Lunatic asylums Punjab 1895-1910 - 1895-1910
Year: 1895
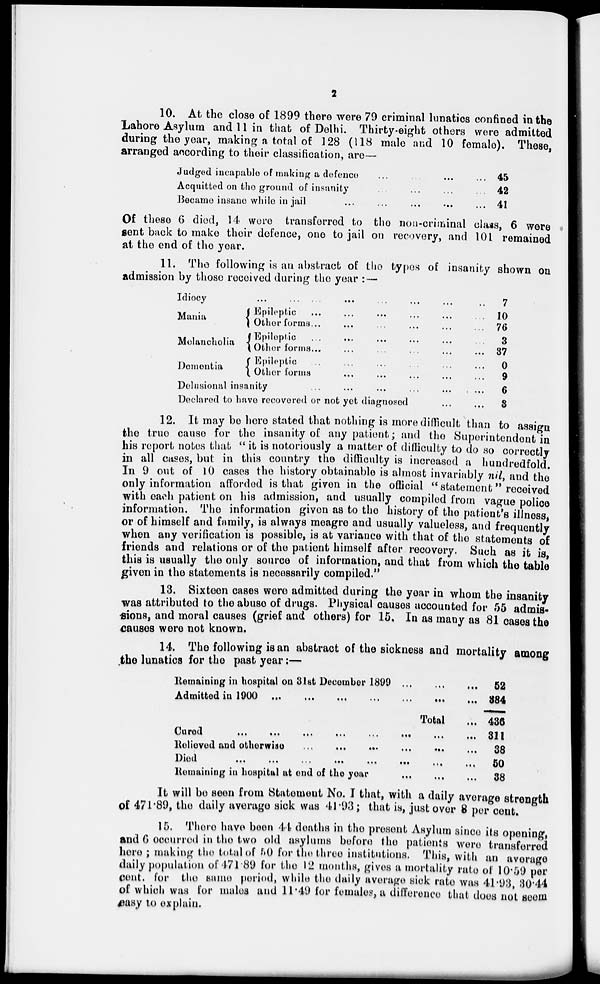
2
10. At the close of 1899 there were 79 criminal lunatics confined in the
Lahore Asylum and 11 in that of Delhi. Thirty-eight others were admitted
during the year, making a total of 128 (118 male and 10 female). These,
arranged according to their classification, are—
Judged incapable of making a defence ... ... ...
Acquitted on the ground of insanity ... ... ...
Became insane while in jail
...
...
...
45
42
41
Of these 6 died, 14 were transferred to the non-criminal class, 6 were
sent back to make their defence, one to jail on recovery, and 101 remained
at the end of the year.
11. The following is an abstract of the types of insanity shown on
admission by those received during the year : —
Idiocy ... ... ... ... ... ... ... ....
Mania
Melancholia
Dementia
Epileptic ... ... ... ... ... ... ... ....
Other forms ... ... ... ... ... ... ... ....
Epileplic ... ... ... ... ... ... ... ....
Other forms ... ... ... ... ... ... ... ....
Epileptic ... ... ... ... ... ... ... ....
Other forms ... ... ... ... ... ... ... ....
Delusional insanity
...
...
...
...
...
Declared to have recovered or not yet diagnosed
...
...
7
10
76
3
37
0
9
6
3
12. It may be here stated that nothing is more difficult than to assign
the true cause for the insanity of any patient ; and the Superintendent in
his report notes that " it is notoriously a matter of difficulty to do so correctly
in all cases, but in this country the difficulty is increased a hundredfold.
In 9 out of 10 cases the history obtainable is almost invariably nil, and the
only information afforded is that given in the official " statement" received
with each patient on his admission, and usually compiled from vague police
information. The information given as to the history of the patient's illness,
or of himself and family, is always meagre and usually valueless, and frequently
when any verification is possible, is at variance with that of the statements of
friends and relations or of the patient himself after recovery. Such as it is,
this is usually the only source of information, and that from which the table
given in the statements is necessarily compiled."
13. Sixteen cases were admitted during the year in whom the insanity
was attributed to the abuse of drugs. Physical causes accounted for 55 admis-
sions, and moral causes (grief and others) for 15. In as many as 81 cases the
causes were not known.
14. The following is an abstract of the sickness and mortality among
the lunatics for the past year:—
Remaining in hospital on 31st December 1899
...
...
...
Admitted in 1900
...
...
...
...
...
...
...
...
Total ...
Cured
...
...
...
...
...
...
...
...
Relieved and otherwise ... ... ... ... ... ... ... ...
Died
...
...
...
...
...
...
...
...
Remaining in hospital at end of the year
...
...
...
52
384
436
311
38
50
38
It will be seen from Statement No. I that, with a daily average strength
of 471.89, the daily average sick was 41.93 ; that is, just over 8 per cent.
15. There have been 44 deaths in the present Asylum since its opening,
and 6 occurred in the two old asylums before the patients were transferred
here ; making the total of 50 for the three institutions. This, with an average
daily population of 471.89 for the 12 months, gives a mortality rate of 10.59 per
cent. for the same period, while the daily average sick rate was 41.93, 30.44
of which was for males and 11.49 for females, a difference that does not seem
easy to explain.